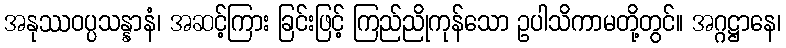
အနုဿဝပ္ပသန္နာနံ၊ အဆင့်ကြား ခြင်းဖြင့် ကြည်ညိုကုန်သော ဥပါသိကာမတို့တွင်။ အဂ္ဂဋ္ဌာနေ၊